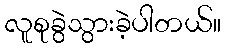
လူစုခွဲသွားခဲ့ပါတယ်။